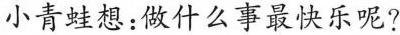
小青蛙想：做什么事最快乐呢?